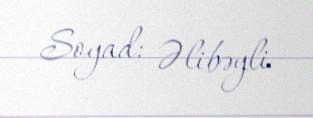
Soyad: Əlibəyli